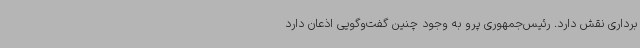
برداری نقش دارد. رئیس‌جمهوری پرو به وجود چنین گفت‌وگویی اذعان دارد